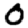
Digit: 0